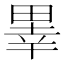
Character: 𤲜